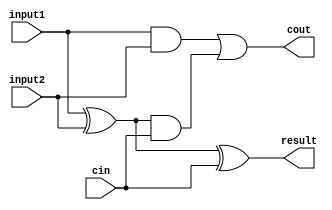
`timescale 1ns/1ps
module FullAdderForCSA (input1, input2, result, cin, cout);
    input input1;
    input input2;
    output reg result;
    input cin;
    output reg cout;
    always @(*) begin
		cout <= (input1 & input2) | ((input1 ^ input2) & cin);
		result <= input1^input2^cin;
    end
endmodule